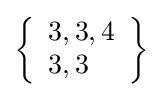
\left\{{\begin{array}{l}3,3,4\\3,3\end{array}}\right\}